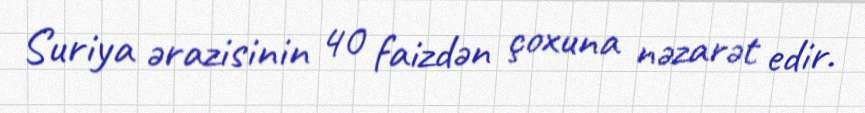
Suriya ərazisinin 40 faizdən çoxuna nəzarət edir.